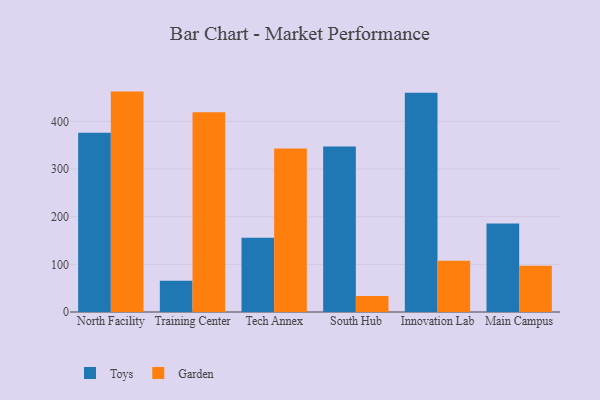
{"axis": {"x": "Campus", "y": "Budget (USD K)"}, "legend": ["Garden", "Toys"], "data": [{"x": "North Facility", "y": 375.9, "type": "Toys"}, {"x": "North Facility", "y": 462.4, "type": "Garden"}, {"x": "Training Center", "y": 65.7, "type": "Toys"}, {"x": "Training Center", "y": 419.1, "type": "Garden"}, {"x": "Tech Annex", "y": 155.7, "type": "Toys"}, {"x": "Tech Annex", "y": 343.1, "type": "Garden"}, {"x": "South Hub", "y": 347.4, "type": "Toys"}, {"x": "South Hub", "y": 33.6, "type": "Garden"}, {"x": "Innovation Lab", "y": 459.8, "type": "Toys"}, {"x": "Innovation Lab", "y": 107.6, "type": "Garden"}, {"x": "Main Campus", "y": 185.7, "type": "Toys"}, {"x": "Main Campus", "y": 96.8, "type": "Garden"}]}